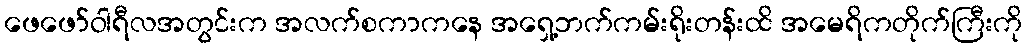
ဖေဖော်ဝါရီလအတွင်းက အလက်စကာကနေ အရှေ့ဘက်ကမ်းရိုးတန်းထိ အမေရိကတိုက်ကြီးကို